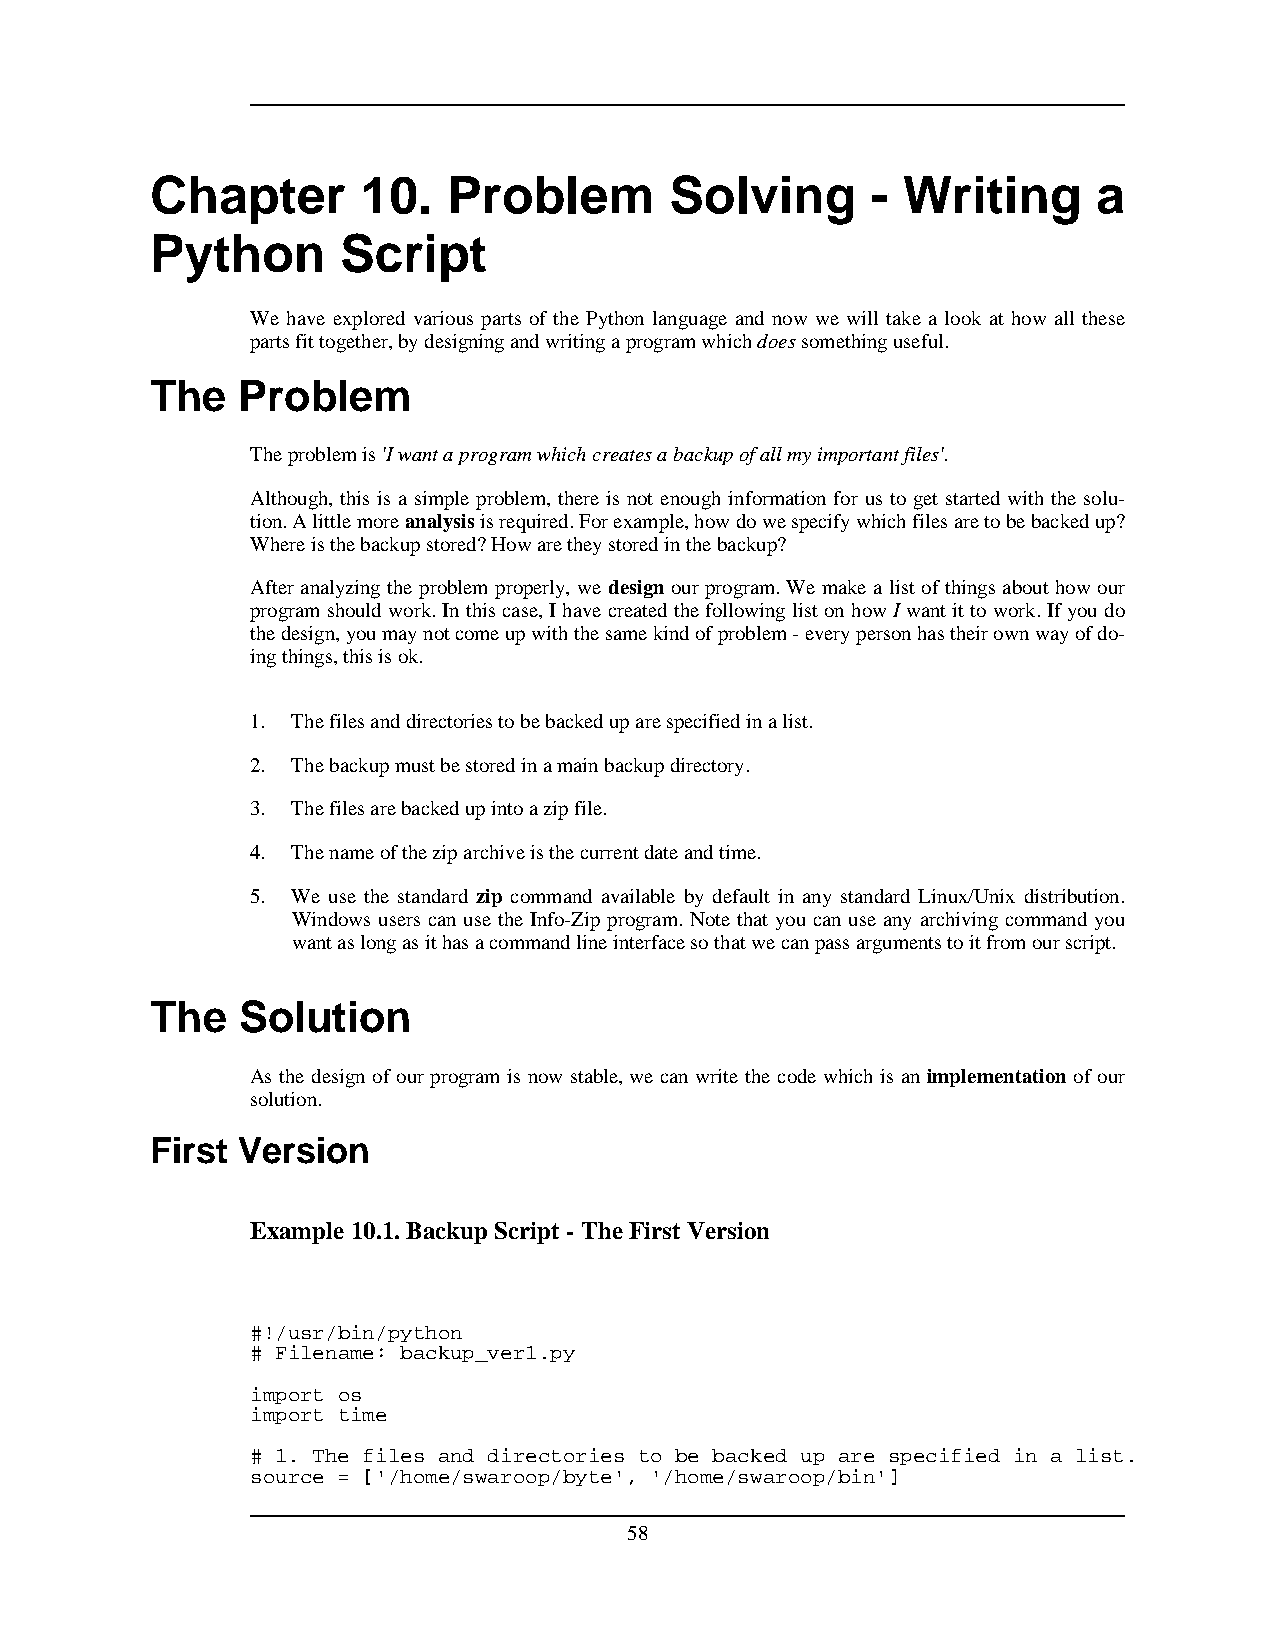
Chapter       10.   Problem       Solving       - Writing      a
 Python       Script
 We have explored various parts of the Python language and now we will take a look at how all these
 partsfittogether,bydesigningandwritingaprogramwhichdoessomethinguseful.
 The   Problem
 Theproblemis'Iwantaprogramwhichcreatesabackupofallmyimportantfiles'.
 Although, this is a simple problem, there is not enough information for us to get started with the solu-
 tion.Alittlemoreanalysisisrequired.Forexample,howdowespecifywhichfilesaretobebackedup?
 Whereisthebackupstored?Howaretheystoredinthebackup?
 After analyzing the problem properly, we design our program. We make a list of things about how our
 programshouldwork.Inthiscase,IhavecreatedthefollowinglistonhowIwantittowork.Ifyoudo
 thedesign,youmaynotcomeupwiththesamekindofproblem-everypersonhastheirownwayofdo-
 ingthings,thisisok.
 1. Thefilesanddirectoriestobebackeduparespecifiedinalist.
 2. Thebackupmustbestoredinamainbackupdirectory.
 3. Thefilesarebackedupintoazipfile.
 4. Thenameoftheziparchiveisthecurrentdateandtime.
 5. We use the standard zip command available by default in any standard Linux/Unix distribution.
 Windows users can use the Info-Zip program. Note that you can use any archiving command you
 wantaslongasithasacommandlineinterfacesothatwecanpassargumentstoitfromourscript.
 The   Solution
 As the design of our program is now stable, we can write the code which is an implementation of our
 solution.
 First Version
 Example 10.1.BackupScript - The FirstVersion
 #!/usr/bin/python
 # Filename: backup_ver1.py
 import os
 import time
 # 1. The files and directories to be backed up are specified in a list.
 source = ['/home/swaroop/byte', '/home/swaroop/bin']
 58